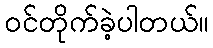
ဝင်တိုက်ခဲ့ပါတယ်။